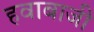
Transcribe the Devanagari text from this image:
हवाबाजी